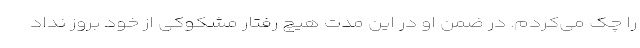
را چک می‌کردم. در ضمن او در این مدت هیچ رفتار مشکوکی از خود بروز نداد